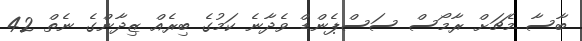
ބާސާ މެޗަށް ރާމޯސް ސަސްޕެންޑް ވެދާނެ ކަމުގެ ބިރެއް ޒިދާންގެ ނެތް 42